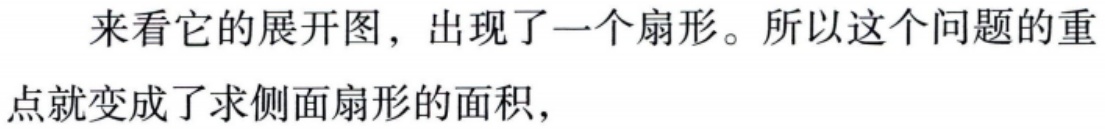
来看它的展开图，出现了一个扇形。所以这个问题的重点就变成了求侧面扇形的面积，